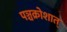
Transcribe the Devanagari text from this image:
पञ्चक्रोशात्